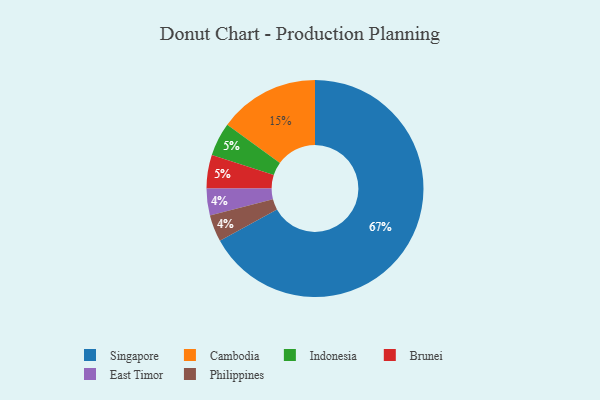
{"axis": {"x": "Category", "y": "Percentage"}, "legend": ["Brunei", "Cambodia", "East Timor", "Indonesia", "Philippines", "Singapore"], "data": [{"x": "Indonesia", "y": 5, "type": "Indonesia"}, {"x": "East Timor", "y": 4, "type": "East Timor"}, {"x": "Singapore", "y": 67, "type": "Singapore"}, {"x": "Philippines", "y": 4, "type": "Philippines"}, {"x": "Brunei", "y": 5, "type": "Brunei"}, {"x": "Cambodia", "y": 15, "type": "Cambodia"}]}